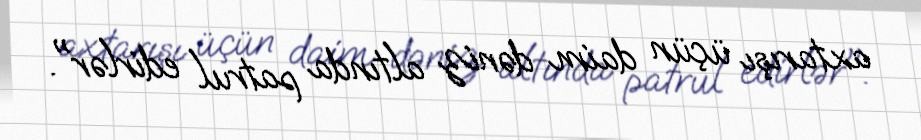
axtarışı üçün daim dəniz altında patrul edirlər".